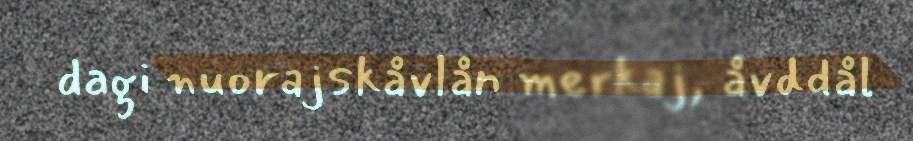
dagi nuorajskåvlån merkaj, åvddål